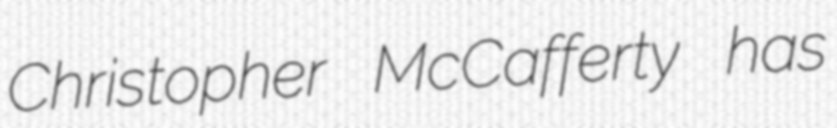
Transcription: Christopher McCafferty has